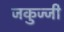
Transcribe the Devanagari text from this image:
जकुज्जी